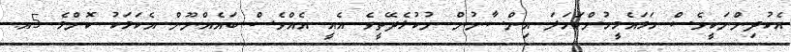
އެކުދިންނަކީވެސް ހަމައެމީހުންކަހަލަ އިންސާނުން ނުކުޅެދޭތީވެ އެއީ އެއްވެސް ބައެއްނޫން އެކަމަކު ކޮންމެ 5އ.